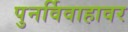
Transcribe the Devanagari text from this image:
पुनर्विवाहावर